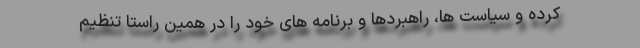
کرده و سیاست ها، راهبردها و برنامه های خود را در همین راستا تنظیم